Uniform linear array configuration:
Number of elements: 24
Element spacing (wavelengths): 0.25
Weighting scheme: hann
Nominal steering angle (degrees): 60
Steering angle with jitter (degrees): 60.313
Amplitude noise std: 0.05
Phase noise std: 0.05

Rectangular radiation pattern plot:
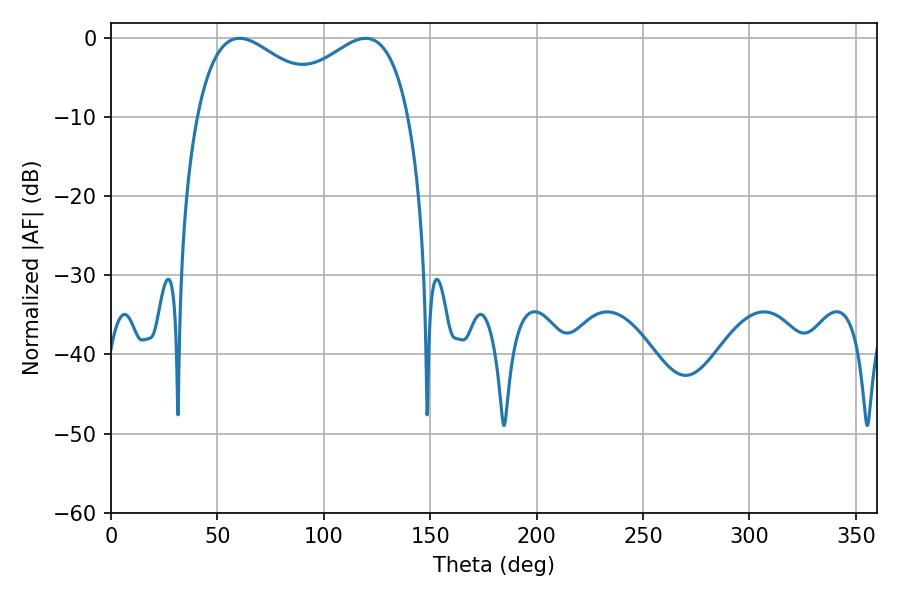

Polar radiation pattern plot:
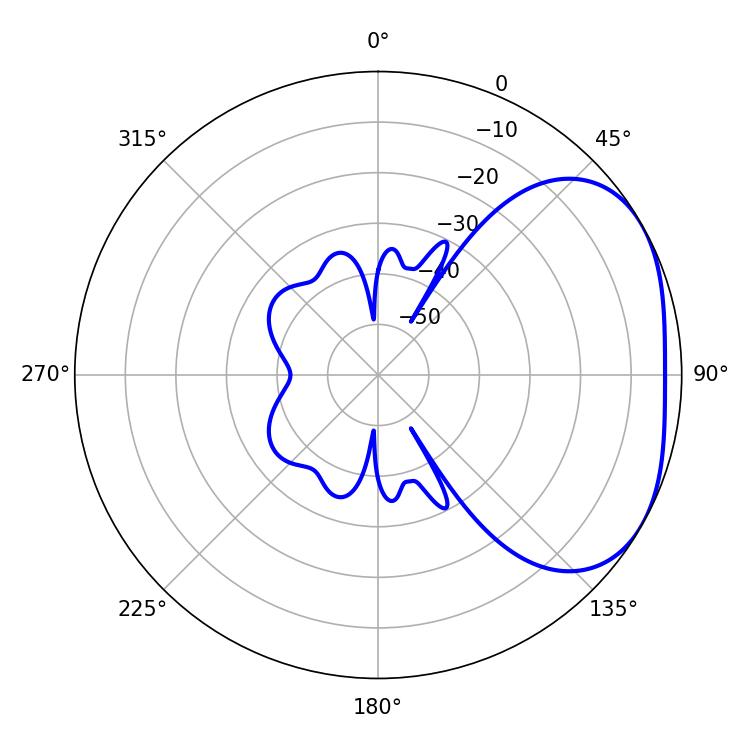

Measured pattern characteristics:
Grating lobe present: FALSE
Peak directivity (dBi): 2.9
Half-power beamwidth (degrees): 35.64
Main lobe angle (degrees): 60.3